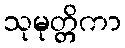
သုမုတ္တိကာ